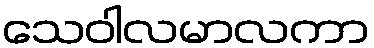
သေဝါလမာလကာ